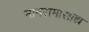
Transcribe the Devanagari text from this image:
मानसमासाद्य